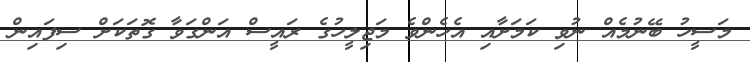
މަސީހު ބޭނުމެއް ނުވި ކަމަށާއި އެހެންވެ މަޖިލީހުގެ ރައީސް އަންގަވާ ގޮތަކަށް ސިފައިން